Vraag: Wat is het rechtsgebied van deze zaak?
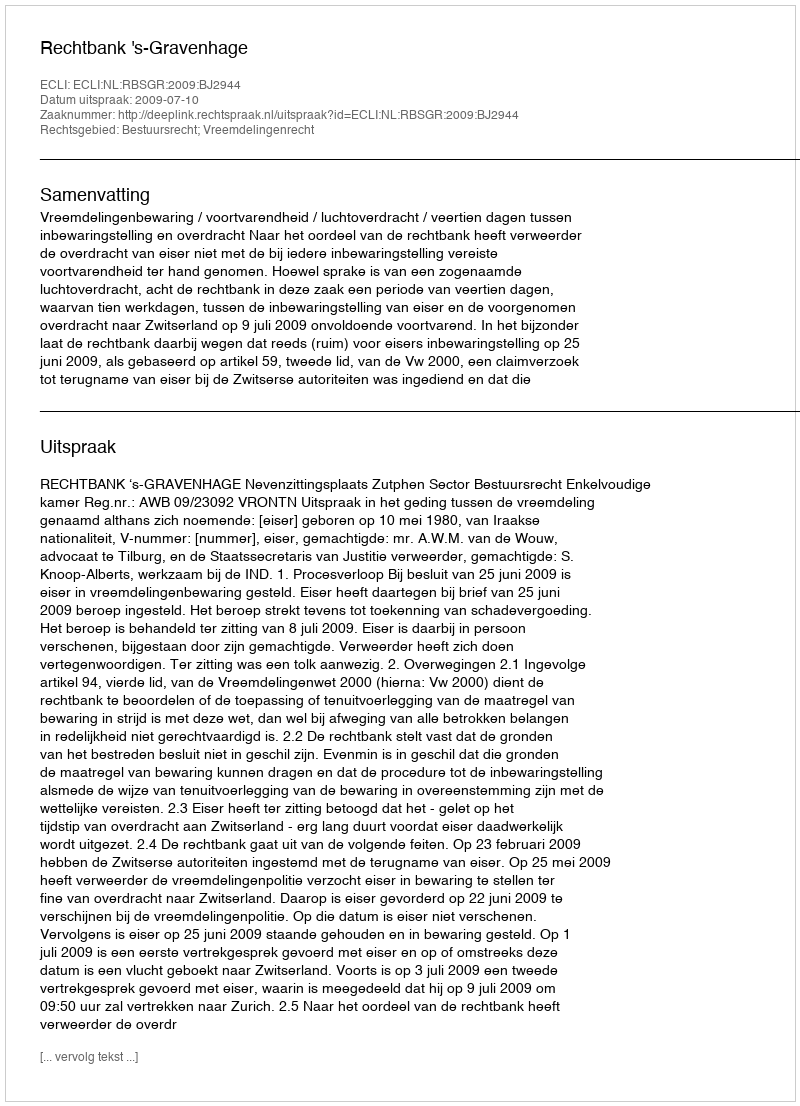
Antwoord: Bestuursrecht; Vreemdelingenrecht